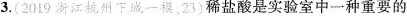
3.(2019浙江杭州下城一模，23)稀盐酸是实验室中一种重要的